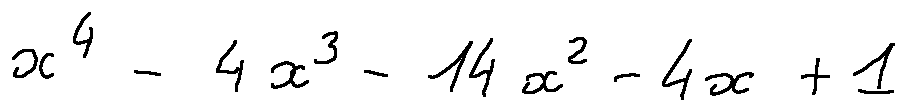
x ^ { 4 } - 4 x ^ { 3 } - 1 4 x ^ { 2 } - 4 x + 1